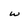
Character: w